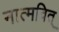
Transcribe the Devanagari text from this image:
नात्मवित्‌